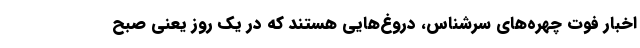
اخبار فوت چهره‌های سرشناس، دروغ‌هایی هستند که در یک روز یعنی صبح